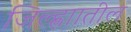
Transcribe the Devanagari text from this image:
जिल्ह्णाातील